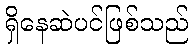
ရှိနေဆဲပင်ဖြစ်သည်